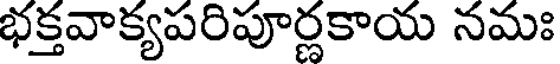
భక్తవాక్యపరిపూర్ణకాయ నమః